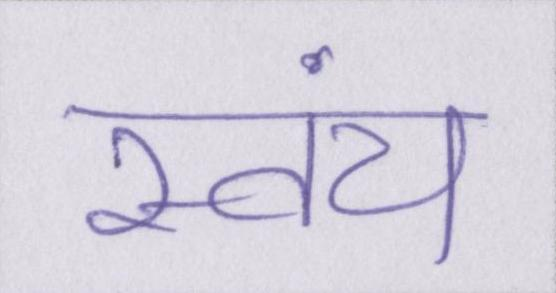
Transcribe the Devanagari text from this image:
स्वंय